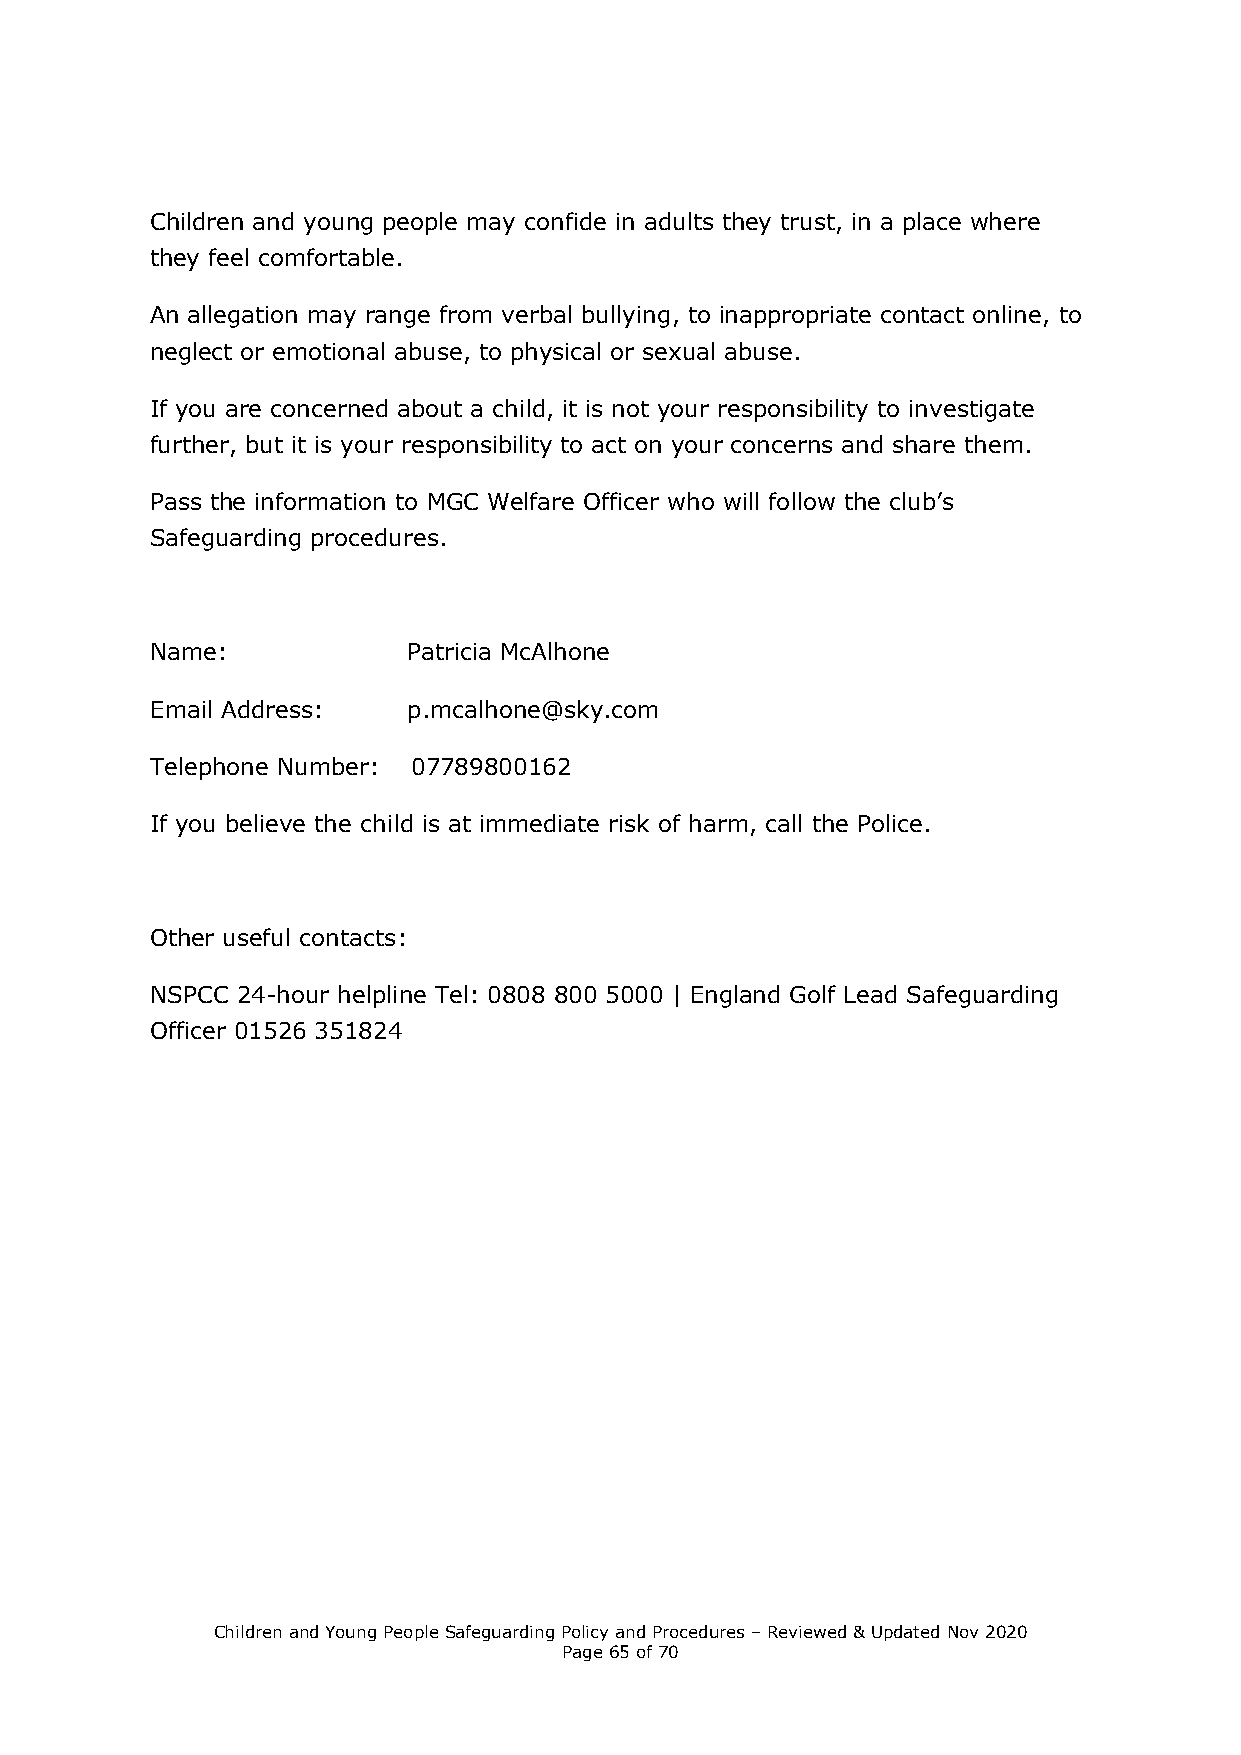
Children and young people may confide in adults they trust, in a place where
 they feel comfortable.
 An allegation may range from verbal bullying, to inappropriate contact online, to
 neglect or emotional abuse, to physical or sexual abuse.
 If you are concerned about a child, it is not your responsibility to investigate
 further, but it is your responsibility to act on your concerns and share them.
 Pass the information to MGC Welfare Officer who will follow the club’s
 Safeguarding procedures.
 Name:            Patricia McAlhone
 Email Address:   p.mcalhone@sky.com
 Telephone Number: 07789800162
 If you believe the child is at immediate risk of harm, call the Police.
 Other useful contacts:
 NSPCC 24-hour helpline Tel: 0808 800 5000 | England Golf Lead Safeguarding
 Officer 01526 351824
 Children and Young People Safeguarding Policy and Procedures – Reviewed & Updated Nov 2020
 Page 65 of 70